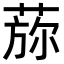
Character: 𦵖